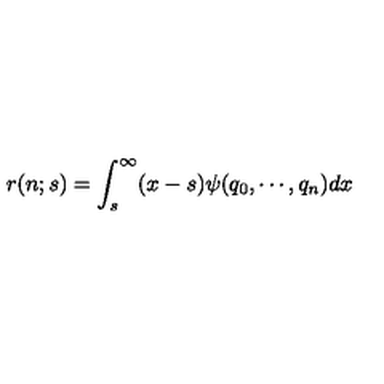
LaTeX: r ( n ; s ) = \int _ { s } ^ { \infty } ( x - s ) \psi ( q _ { 0 } , \cdots , q _ { n } ) d x